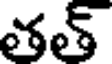
తత్